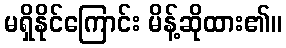
မရှိနိုင်ကြောင်း မိန့်ဆိုထား၏။